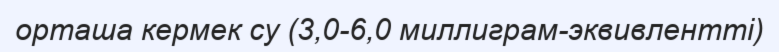
орташа кермек су (3,0-6,0 миллиграм-эквивлентті)